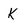
Character: k